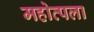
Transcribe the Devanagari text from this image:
महोत्पला